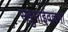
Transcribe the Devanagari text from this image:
रखुमाईवल्लभा